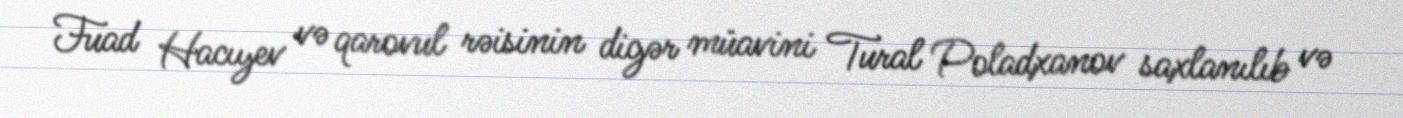
Fuad Hacıyev və qarovul rəisinin digər müavini Tural Poladxanov saxlanılıb və